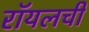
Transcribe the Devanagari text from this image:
रॉयलची